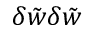
\delta \tilde { { w } } \delta \tilde { { w } }